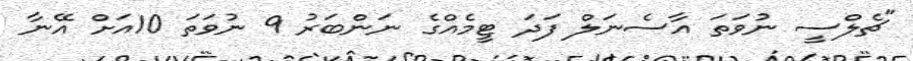
"ޗެލްސީ ނުވަތަ އާސެނަލް ފަދަ ޓީމެއްގެ ނަންބަރު 9 ނުވަތަ 10އަށް އޭނާ